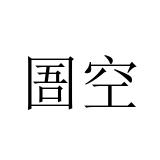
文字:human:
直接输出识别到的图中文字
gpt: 圄空